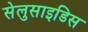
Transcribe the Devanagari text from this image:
सेलुसाइडिस